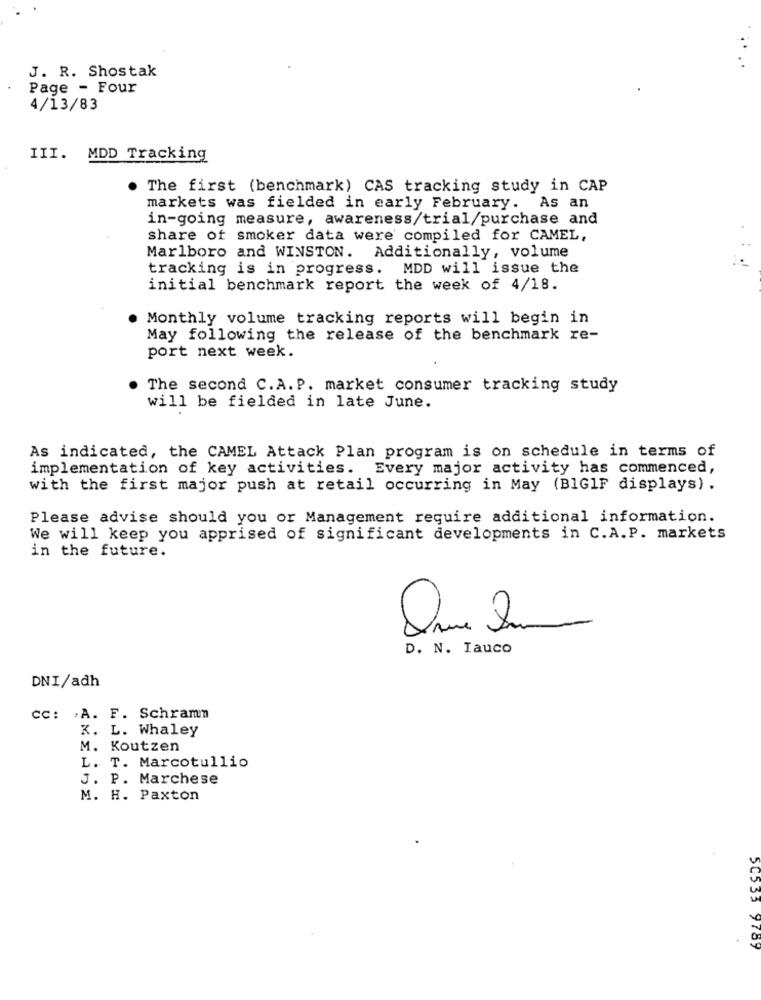
J. R. Shostak
Page - Four
4/13/83
III. MDD Tracking
The first (benchmark) CAS tracking study in CAP
markets was fielded in early February. As an
in-going measure, awareness/trial/purchase and
share of smoker data were compiled for CAMEL,
Marlboro and WINSTON. Additionally, volume
tracking is in progress. MDD will issue the
initial benchmark report the week of 4/18.
Monthly volume tracking reports will begin in
May following the release of the benchmark re-
port next week.
The second C.A. P. market consumer tracking study
will be fielded in late June.
As indicated, the CAMEL Attack Plan program is on schedule in terms of
implementation of key activities. Every major activity has commenced,
with the first major push at retail occurring in May (BIGIF displays) .
Please advise should you or Management require additional information.
We will keep you apprised of significant developments in C.A.P. markets
in the future.
D. N. Iauco
DNI/adh
CC: . A. F. Schramm
K. L. Whaley
M. Koutzen
L. T. Marcotullio
J. P. Marchese
M. H. Paxton
50533 9789